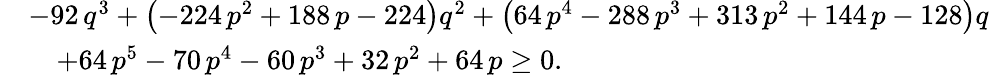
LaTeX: \begin{array}{rl}&{-92\, {q}^{3}+\left(-224\, {p}^{2}+188\, p-224\right){q}^{2}+\left(64\, {p}^{4}-288\, {p}^{3}+313\, {p}^{2}+144\, p-128\right)q}\\ &{\quad+64\, {p}^{5}-70\, {p}^{4}-60\, {p}^{3}+32\, {p}^{2}+64\, p\ge 0.}\end{array}